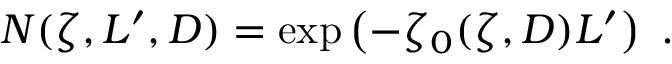
N ( \zeta , L ^ { \prime } , D ) = \exp \left( - \zeta _ { 0 } ( \zeta , D ) L ^ { \prime } \right) \ .